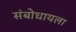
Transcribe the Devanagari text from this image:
संबोधायला